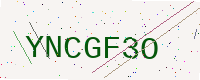
Text: YNCGF3O